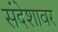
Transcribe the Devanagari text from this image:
संदेशावर